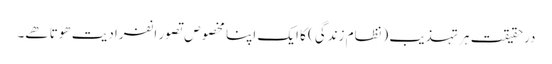
درحقیقت ہر تہذیب (نظام زندگی) کا ایک اپنا مخصوص تصور انفرادیت ھوتا ھے۔